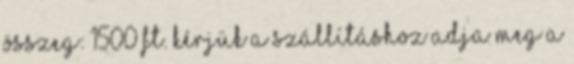
összeg: 1500 Ft. Kérjük a szállításhoz adja meg a